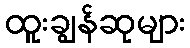
ထူးချွန်ဆုများ